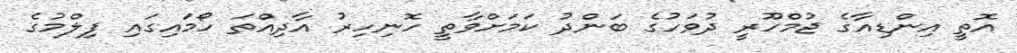
އޮތީ އިންޑިއާގެ ޖުމްހޫރީ ދުވަހުގެ ބަންދު ކަމަށްވާތީ ހޮނިހިރު އާދިއްތަ ހޯމައިގައި ފިލްމުގެ